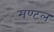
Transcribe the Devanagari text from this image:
मण्ट्ल